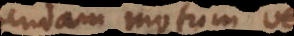
quendam motum vel